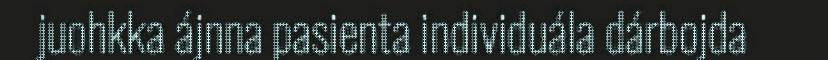
juohkka ájnna pasienta individuála dárbojda